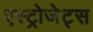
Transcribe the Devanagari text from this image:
एस्‍ट्रोजेट्स